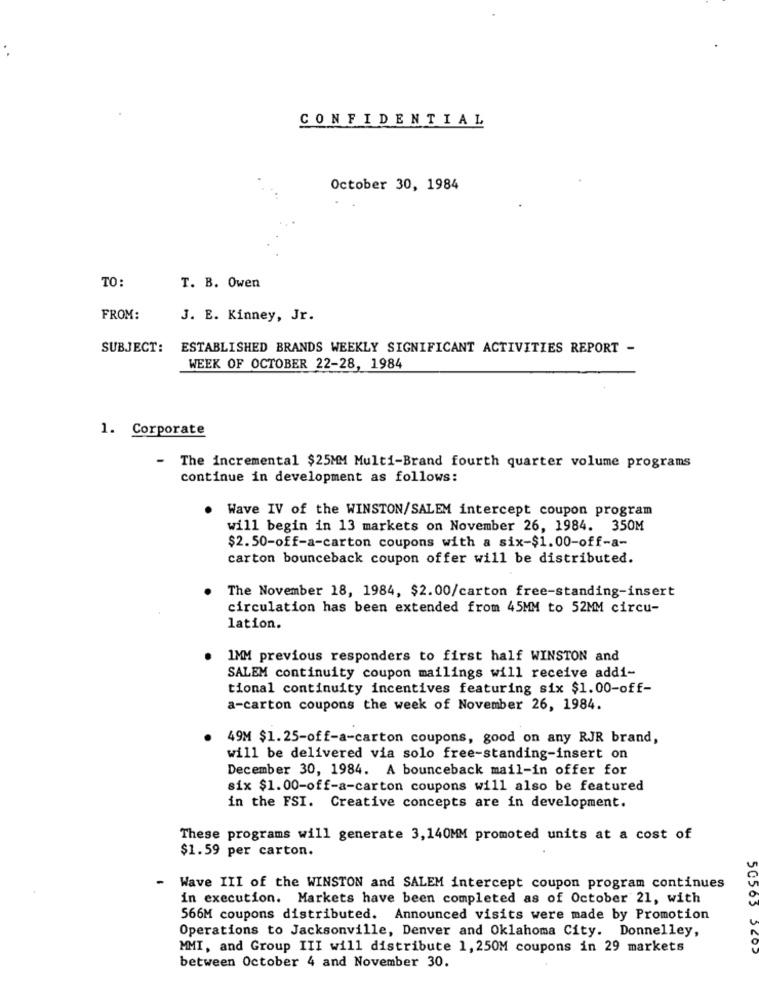
CONFIDENTIAL
October 30, 1984
TO:
T. B. Owen
FROM:
J. E. Kinney, Jr.
SUBJECT:
ESTABLISHED BRANDS WEEKLY SIGNIFICANT ACTIVITIES REPORT -
WEEK OF OCTOBER 22-28, 1984
1. Corporate
- The incremental $25MM Multi-Brand fourth quarter volume programs
continue in development as follows:
.
Wave IV of the WINSTON/SALEM intercept coupon program
will begin in 13 markets on November 26, 1984. 350M
$2.50-off-a-carton coupons with a six-$1.00-off-a-
carton bounceback coupon offer will be distributed.
The November 18, 1984, $2.00/carton free-standing-insert
circulation has been extended from 45MM to 52MM circu-
lation.
1MM previous responders to first half WINSTON and
SALEM continuity coupon mailings will receive addi-
tional continuity incentives featuring six $1.00-off-
a-carton coupons the week of November 26, 1984.
49M $1.25-off-a-carton coupons, good on any RJR brand,
will be delivered via solo free-standing-insert on
December 30, 1984. A bounceback mail-in offer for
six $1.00-off-a-carton coupons will also be featured
in the FSI. Creative concepts are in development.
These programs will generate 3,140MM promoted units at a cost of
$1.59 per carton.
-
Wave III of the WINSTON and SALEM intercept coupon program continues
in execution. Markets have been completed as of October 21, with
50505
566M coupons distributed. Announced visits were made by Promotion
Operations to Jacksonville, Denver and Oklahoma City. Donnelley,
MMI, and Group III will distribute 1,250M coupons in 29 markets
between October 4 and November 30.